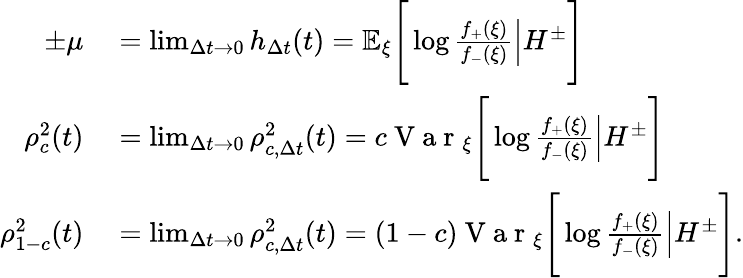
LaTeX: \begin{array}{rl}{\pm\mu}&{{}=\operatorname*{lim}_{\Delta t\to 0}h_{\Delta t}(t)=\mathbb{E}_{\xi}\Bigg[\log{\frac{f_{+}(\xi)}{f_{-}(\xi)}}\Big|H^{\pm}\Bigg]}\\ {\rho_{c}^{2}(t)}&{{}=\operatorname*{lim}_{\Delta t\to 0}\rho_{c,\Delta t}^{2}(t)=c\mathrm{~V~a~r~}_{\xi}\Bigg[\log{\frac{f_{+}(\xi)}{f_{-}(\xi)}}\Big|H^{\pm}\Bigg]}\\ {\rho_{1-c}^{2}(t)}&{{}=\operatorname*{lim}_{\Delta t\to 0}\rho_{c,\Delta t}^{2}(t)=(1-c)\mathrm{~V~a~r~}_{\xi}\Bigg[\log{\frac{f_{+}(\xi)}{f_{-}(\xi)}}\Big|H^{\pm}\Bigg].}\end{array}